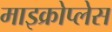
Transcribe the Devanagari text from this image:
माइक्रोप्लेस